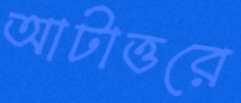
আটাত্তরে